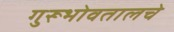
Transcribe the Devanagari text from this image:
गुरूभोवतालचे